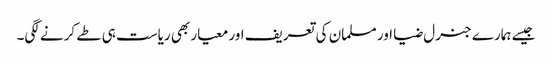
جیسے ہمارے جنرل ضیا اور مسلمان کی تعریف اور معیار بھی ریاست ہی طے کرنے لگی۔